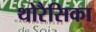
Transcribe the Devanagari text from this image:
थोरैसिका